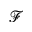
\mathscr { F }